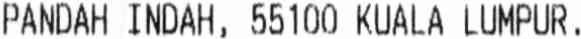
PANDAH INDAH, 55100 KUALA LUMPUR,